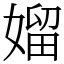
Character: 媹